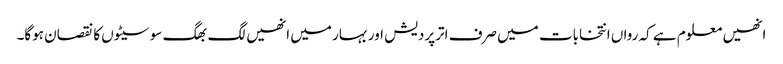
انھیں معلوم ہے کہ رواں انتخابات میں صرف اترپردیش اور بہار میں انھیں لگ بھگ سو سیٹوں کا نقصان ہوگا۔